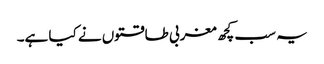
یہ سب کچھ مغربی طاقتوں نے کیا ہے۔